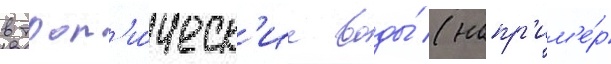
в троп'и́ческ'ие воды́ (напр'им'е́р